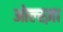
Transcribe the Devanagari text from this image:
ओल्स्ज़ा